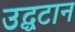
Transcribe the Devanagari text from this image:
उद्घटान